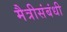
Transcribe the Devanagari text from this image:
मैत्रीसंबंधी